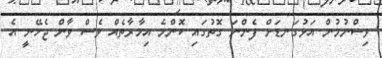
ވިސްނުމުން އަޅުގަނޑަށް ފެންނަ ގޮތުގައި ކޮންމެ އިމާރާތެއް ވެސް ވާން ޖެހޭނީ އެ